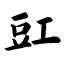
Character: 豇